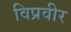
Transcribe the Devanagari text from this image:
विप्रवीर